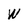
Character: W